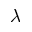
\lambda